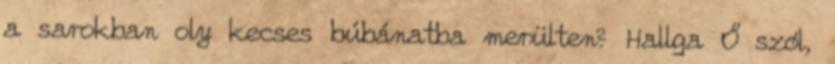
a sarokban oly kecses búbánatba merülten? Hallga Ő szól,